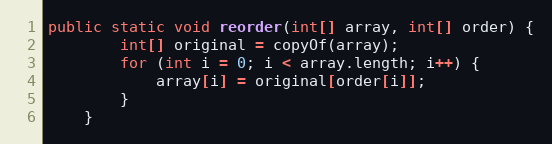
Language: Java
public static void reorder(int[] array, int[] order) {
        int[] original = copyOf(array);
        for (int i = 0; i < array.length; i++) {
            array[i] = original[order[i]];
        }
    }